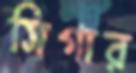
সিগার